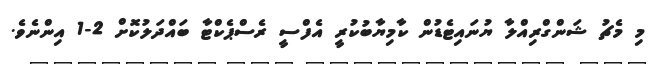
މި މެޗު ޝަންގްރިއްލާ ޔުނައިޓެޑުން ކާމިޔާބުކުރީ އެފްސީ ރެސްޕެކްޓާ ބައްދަލުކޮށް 2-1 އިންނެވެ.